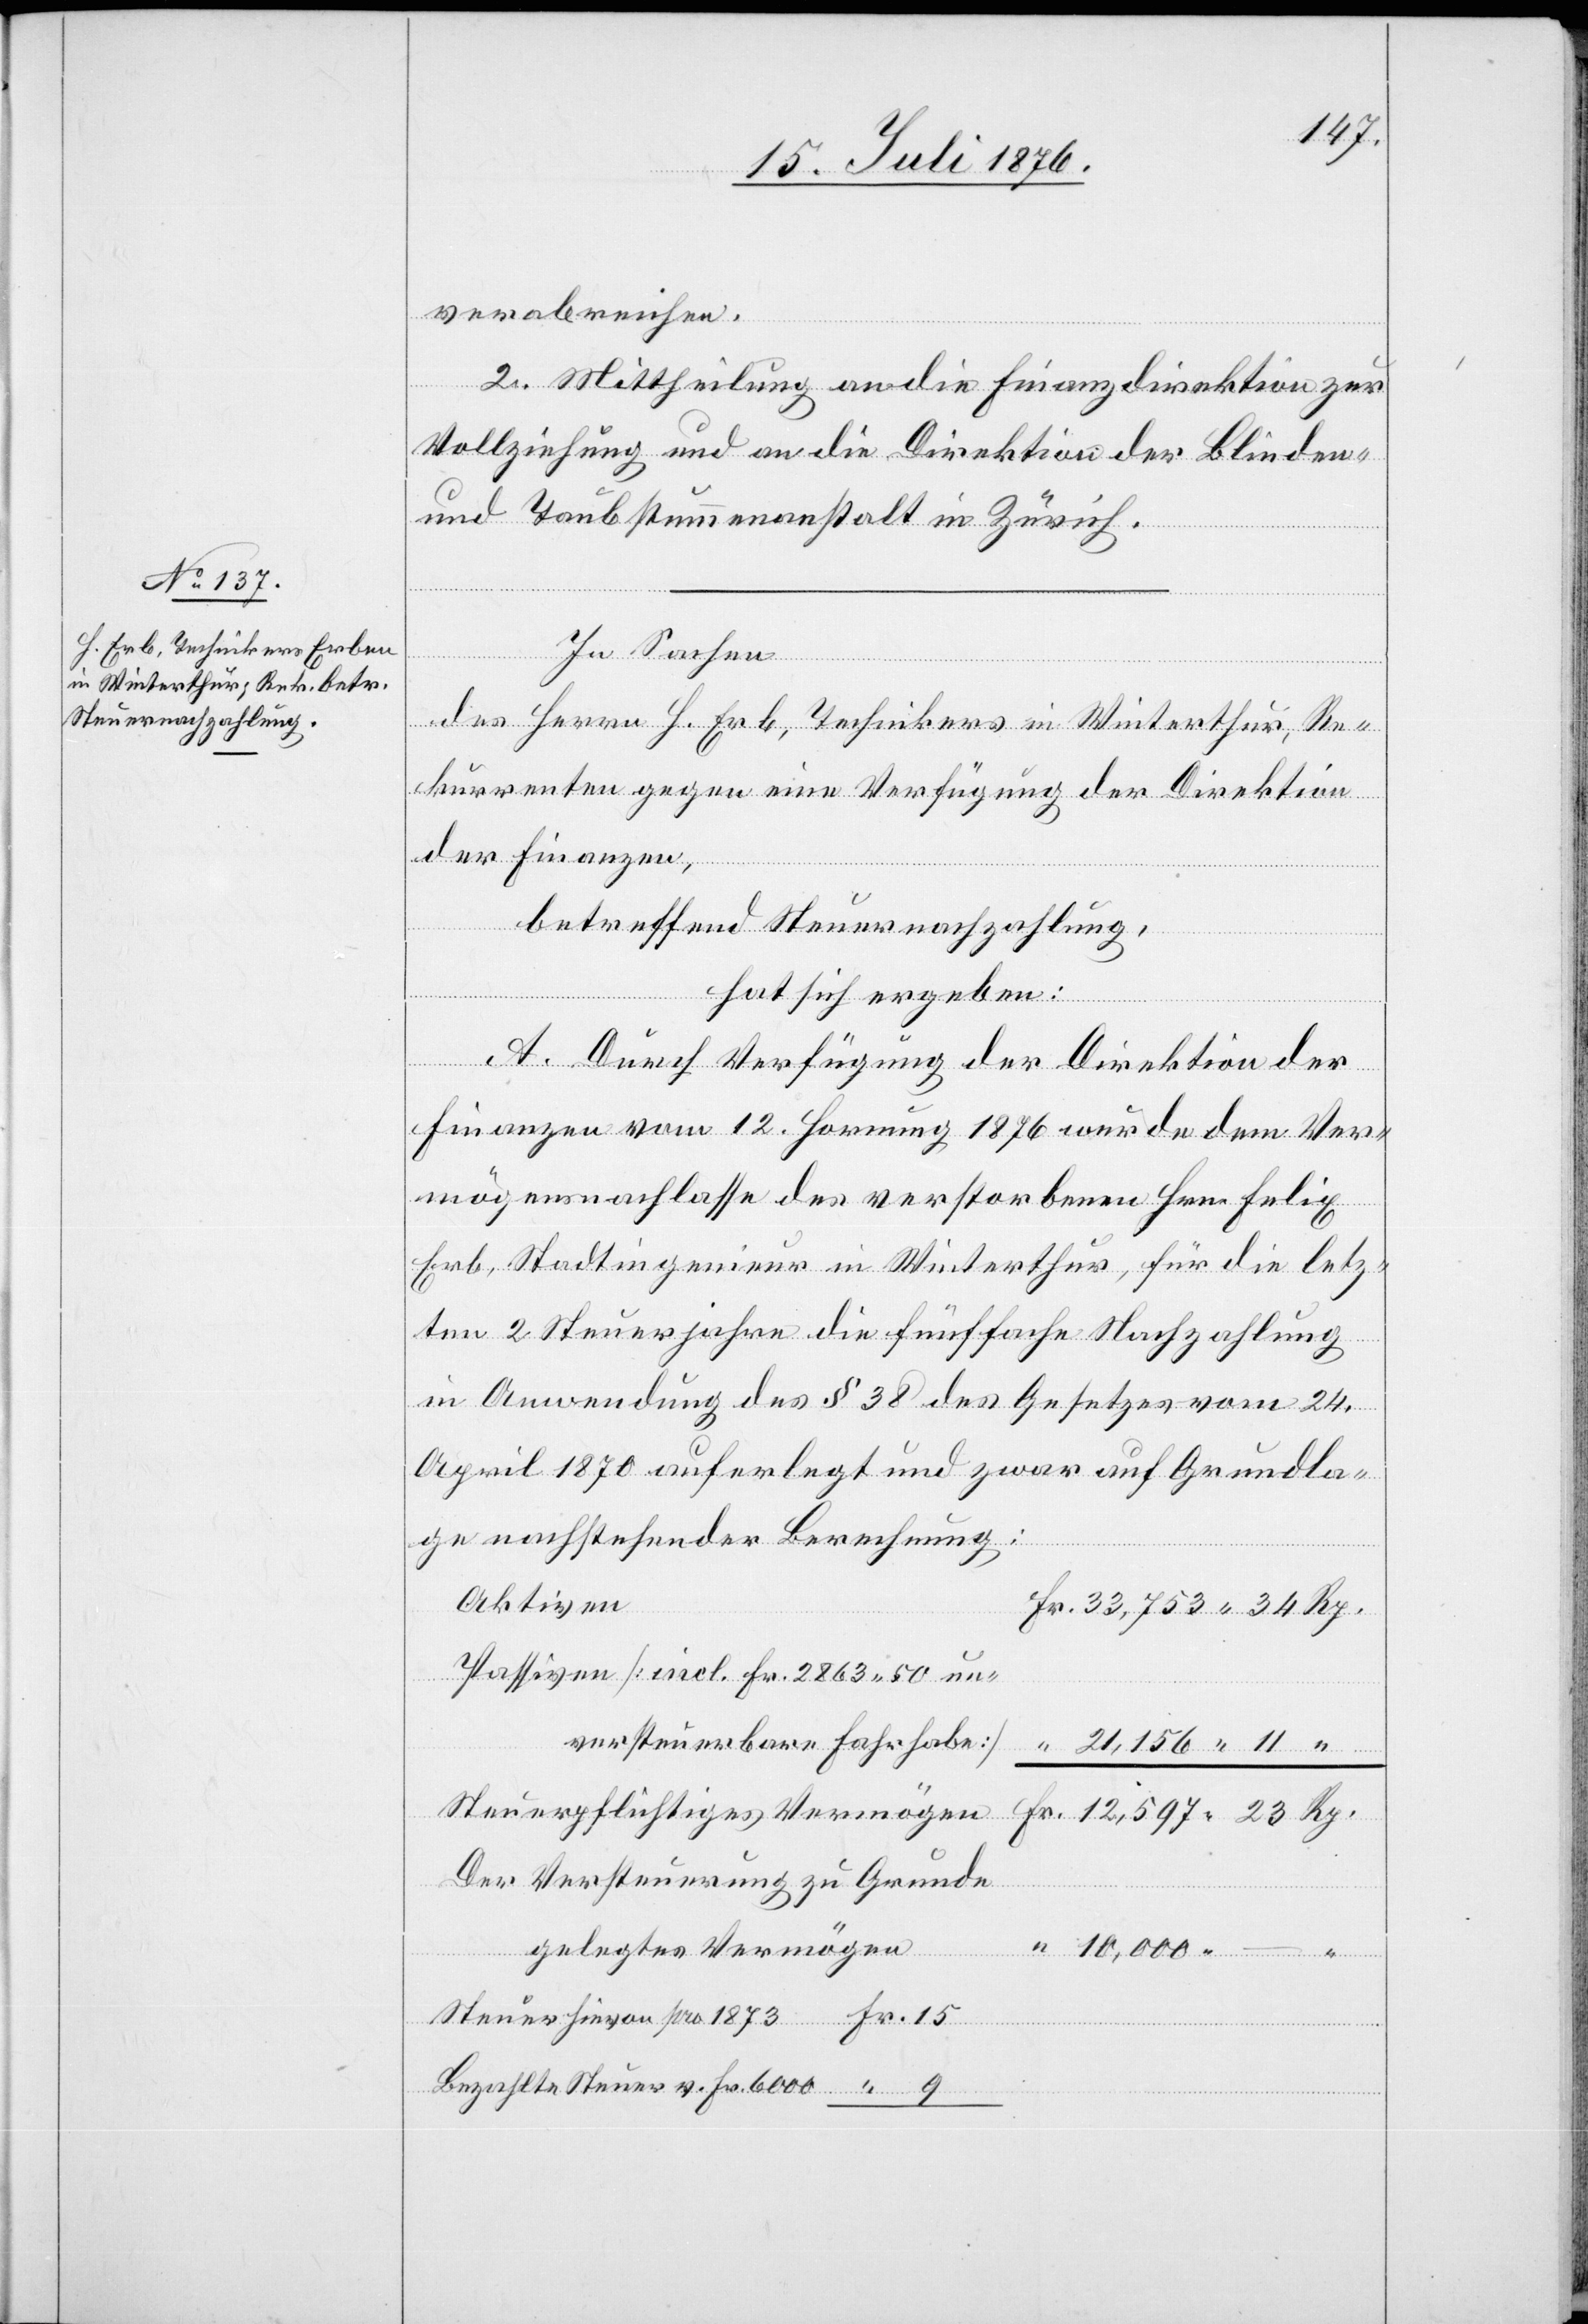
1873
verabreichen.
2. Mittheilung an die Finanzdirektion zur
Vollziehung und an die Direktion der Blinden-
und Taubstummenanstalt in Zürich.
–
In Sachen
des Herrn H. Erb, Technikers in Winterthur, Re¬
kurrenten gegen eine Verfügung der Direktion
der Finanzen,
betreffend Steuernachzahlung,
hat sich ergeben:
Fr.
A. Durch Verfügung der Direktion der
Finanzen vom 12. Hornung 1876 wurde dem Ver¬
mögensnachlasse des verstorbenen Hrn. Felix
Erb, Stadtingenieur in Winterthur, für die letz¬
ten 2 Steuerjahre die fünffache Nachzahlung
in Anwendung des § 38 des Gesetzes vom 24.
April 1870 auferlegt und zwar auf Grundla¬
ge nachstehender Berechnung:
Aktiven
Passiven [incl. Fr. 2863 50 un¬
versteuerbarer Fahrhabe]
Steuerpflichtiges Vermögen
Der Versteuerung zu Grunde
gelegtes Vermögen
Bezahlte Steuer v. Fr. 6000